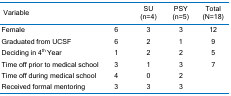
<table><thead><tr><td><b>Variable</b></td><td>[EMPTY_CELL]</td><td><b>SU(n=4)</b></td><td><b>PSY(n=5)</b></td><td><b>Total(N=18)</b></td></tr></thead><tbody><tr><td>Female</td><td>6</td><td>3</td><td>3</td><td>12</td></tr><tr><td>Graduated from UCSF</td><td>6</td><td>2</td><td>1</td><td>9</td></tr><tr><td>Deciding in 4<sup>th</sup> Year</td><td>1</td><td>2</td><td>2</td><td>5</td></tr><tr><td>Time off prior to medical school</td><td>3</td><td>1</td><td>3</td><td>7</td></tr><tr><td>Time off during medical school</td><td>4</td><td>0</td><td>2</td><td>[EMPTY_CELL]</td></tr><tr><td>Received formal mentoring</td><td>3</td><td>3</td><td>3</td><td>[EMPTY_CELL]</td></tr></tbody></table>